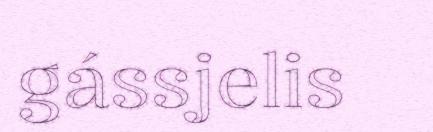
gássjelis